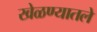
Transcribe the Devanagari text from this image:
खेळण्यातले